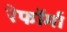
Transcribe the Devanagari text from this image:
रेफॉर्मा